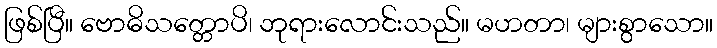
ဖြစ်ပြီ။ ဗောဓိသတ္တောပိ၊ ဘုရားလောင်းသည်။ မဟတာ၊ များစွာသော။